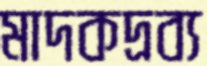
মাদকদ্রব্য